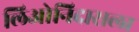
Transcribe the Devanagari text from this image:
लिओनिदासला